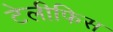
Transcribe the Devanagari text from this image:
टेलीफिस